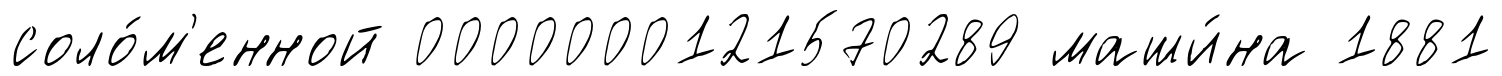
соло́м'енной 0000000121570289 маши́на 1881